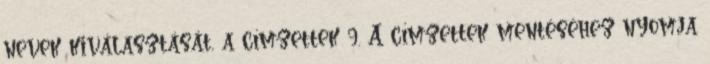
nevek kiválasztását, a címzettek 9. A címzettek mentéséhez nyomja